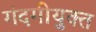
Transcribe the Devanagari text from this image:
गंदगीयुक्त